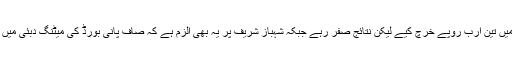
شہباز شریف نے صرف کنسلٹنسی کی مد میں تین ارب روپے خرچ کیے لیکن نتائج صفر رہے جبکہ شہباز شریف پر یہ بھی الزم ہے کہ صاف پانی بورڈ کی میٹنگ دبئی میں ہوتی رہی جہاں من پسند افراد کو نوازا گیا۔